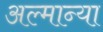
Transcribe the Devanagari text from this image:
अल्मान्या